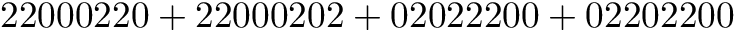
\mathrm { 2 2 0 0 0 2 2 0 + 2 2 0 0 0 2 0 2 + 0 2 0 2 2 2 0 0 + 0 2 2 0 2 2 0 0 }